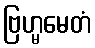
ဗြဟ္မမေတံ